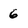
Character: 6